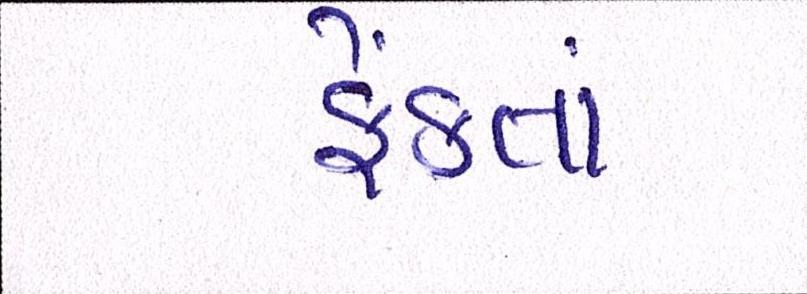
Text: ફેંકતાં